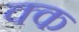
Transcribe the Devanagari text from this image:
क्क